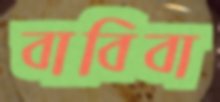
বাবিবা